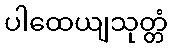
ပါထေယျသုတ္တံ